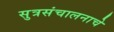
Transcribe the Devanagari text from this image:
सुत्रसंचालनाचे